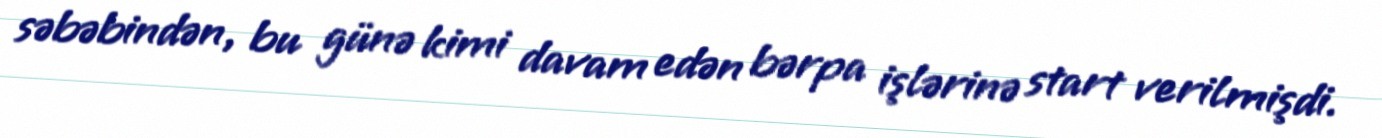
səbəbindən, bu günə kimi davam edən bərpa işlərinə start verilmişdi.